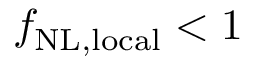
f _ { \mathrm { N L , l o c a l } } < 1